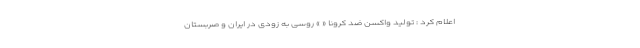
اعلام کرد : تولید واکسن ضد کرونا « » روسی به زودی در ایران و صربستان